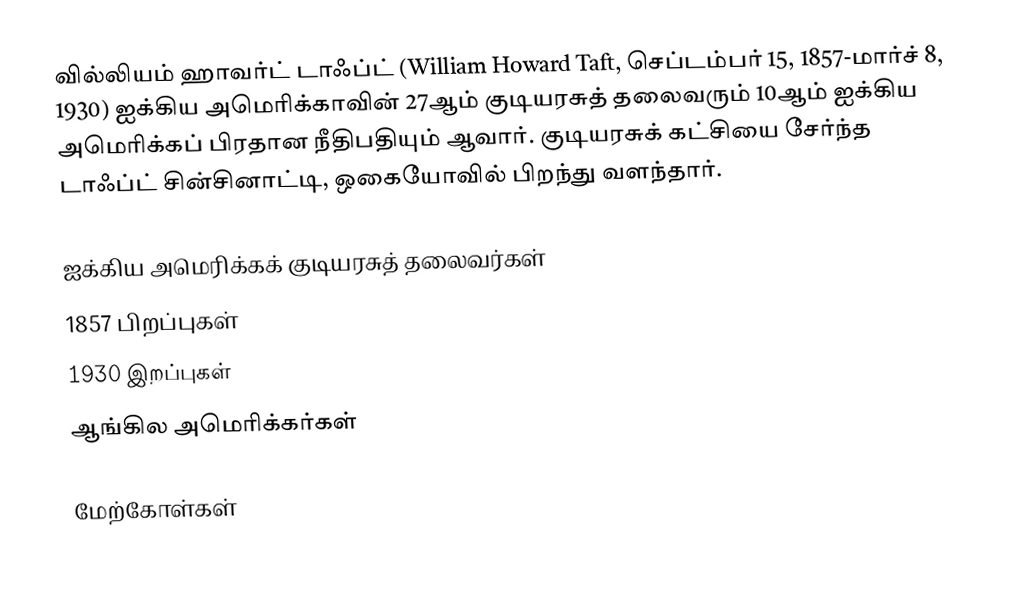
வில்லியம் ஹாவர்ட் டாஃப்ட் (William Howard Taft, செப்டம்பர் 15, 1857-மார்ச் 8, 1930) ஐக்கிய அமெரிக்காவின் 27ஆம் குடியரசுத் தலைவரும் 10ஆம் ஐக்கிய அமெரிக்கப் பிரதான நீதிபதியும் ஆவார். குடியரசுக் கட்சியை சேர்ந்த டாஃப்ட் சின்சினாட்டி, ஒகையோவில் பிறந்து வளந்தார்.

ஐக்கிய அமெரிக்கக் குடியரசுத் தலைவர்கள்
1857 பிறப்புகள்
1930 இறப்புகள்
ஆங்கில அமெரிக்கர்கள்

மேற்கோள்கள்